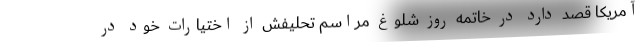
آمریکا قصد دارد در خاتمه روز شلوغ مراسم تحلیفش از اختیارات خود در